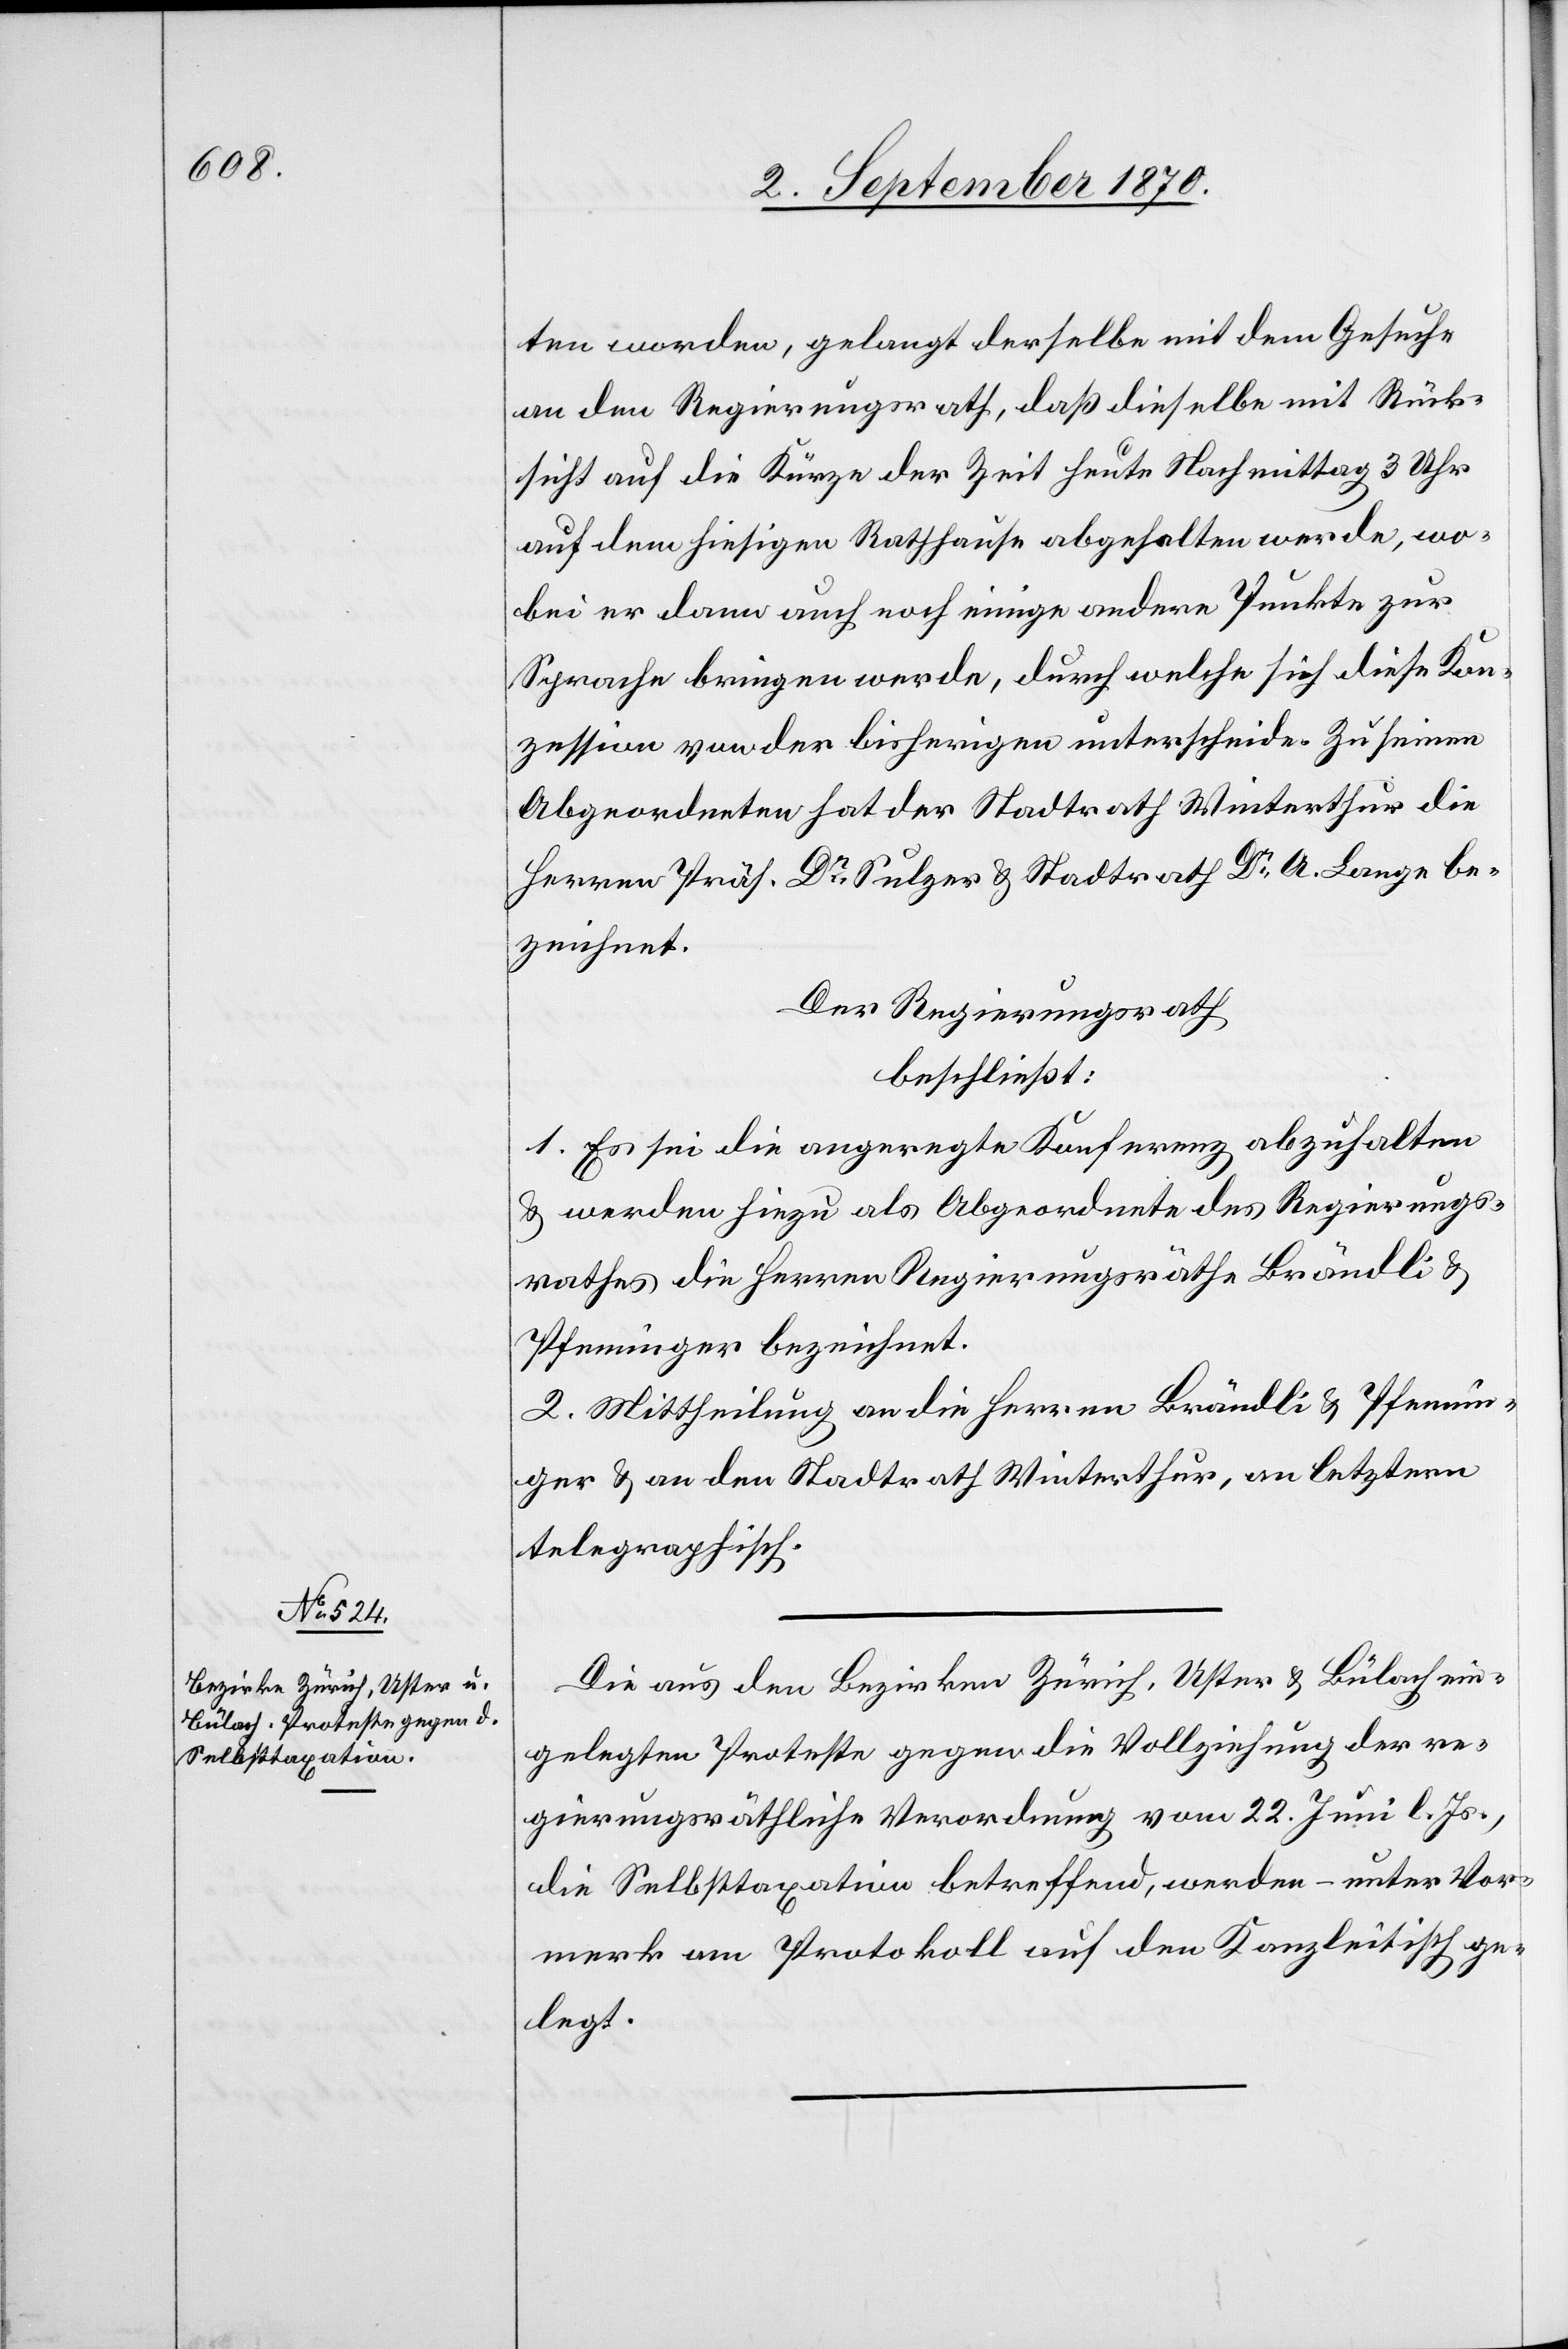
ten worden, gelangt derselbe mit dem Gesuche
an den Regierungsrath, daß dieselbe mit Rück¬
sicht auf die Kürze der Zeit heute Nachmittag 3 Uhr
auf dem hierseitigen Rathhause abgehalten werde, wo¬
bei er dann auch noch einige andere Punkte zur
Sprache bringen werde, durch welche sich diese Kon¬
zession von der bisherigen unterscheide. Zu seinen
Abgeordneten hat der Stadtrath Winterthur die
Herren Präs. Dr Sulzer und Stadtrath Dr A. Lange be¬
zeichnet.
Der Regierungsrath
beschließt:
1. Es sei die angeregte Konferenz abzuhalten
& werden hiezu als Abgeordnete des Regierungs¬
rathes die Herren Regierungsräthe Brändli &
Pfenninger bezeichnet.
2. Mittheilung an die Herren Brändli & Pfennin¬
ger & an den Stadtrath Winterthur, an letztern
telegraphisch.
Die aus den Bezirken Zürich, Uster & Bülach ein¬
gelegten Proteste gegen die Vollziehung der re¬
gierungsräthlichen Verordnung vom 22. Juni l. Js.,
die Selbsttaxation betreffend, werden – unter Vor¬
merk am Protokoll auf den Kanzleitisch ge¬
legt.